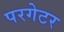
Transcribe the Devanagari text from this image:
परगेटर